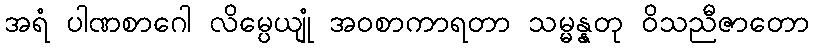
အရံ ပါဏစာဂေါ လိမ္ပေယျုံ အဝစာကာရတာ သမ္မန္နတု ဝိသညီဇာတော